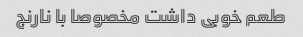
طعم خوبی داشت مخصوصا با نارنج